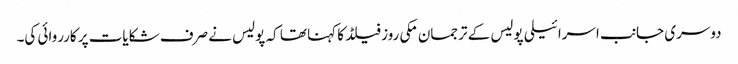
دوسری جانب اسرائیلی پولیس کے ترجمان مکی روز فیلڈ کا کہنا تھا کہ پولیس نے صرف شکایات پر کارروائی کی۔